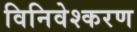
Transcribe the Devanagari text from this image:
विनिवेश्करण